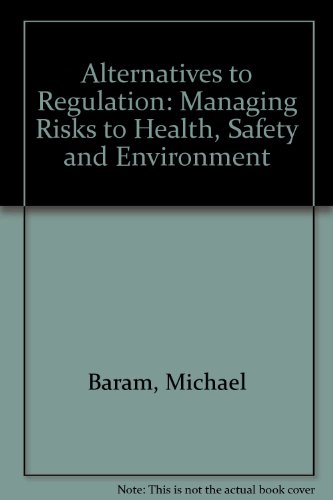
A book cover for Alternatives to Regulation: Managing Risks to Health, Safety and the Environment; Michael S. Baram; Law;